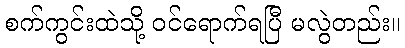
စက်ကွင်းထဲသို့ ဝင်ရောက်ရပြီ မလွဲတည်း။